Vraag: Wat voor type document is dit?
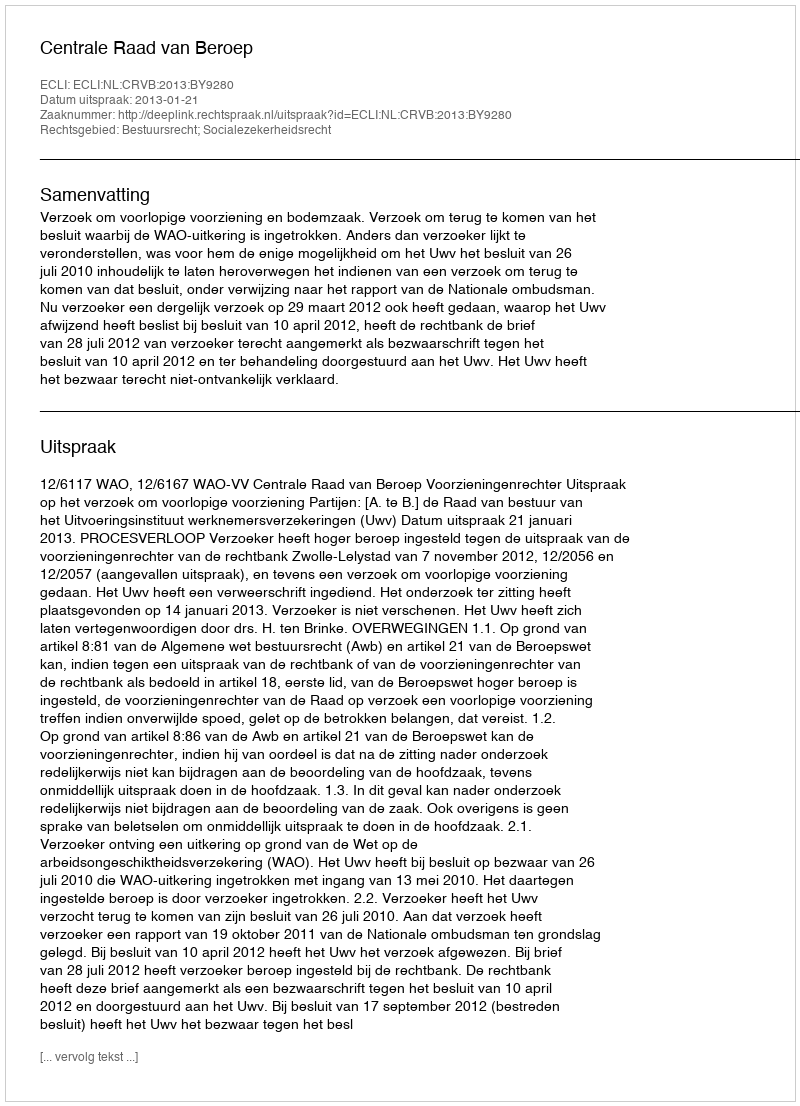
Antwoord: Uitspraak